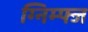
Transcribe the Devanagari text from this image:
ग्निम्फ्ज